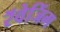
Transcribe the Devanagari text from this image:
रॅवेजिंग